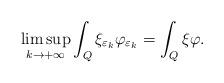
LaTeX: \begin{align*} \limsup_{k \rightarrow +\infty} \int_Q \xi_{\varepsilon_k} \varphi_{\varepsilon_k} = \int_Q \xi \varphi.\end{align*}